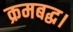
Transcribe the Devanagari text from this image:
क्रमबद्ध।